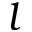
l